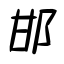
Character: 邯